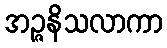
အဉ္ဇနိသလာကာ